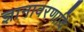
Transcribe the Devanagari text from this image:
ज्ञानावरणादि